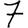
Digit: 7